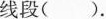
线段().